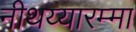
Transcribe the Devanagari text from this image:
नीथय्यारम्मा